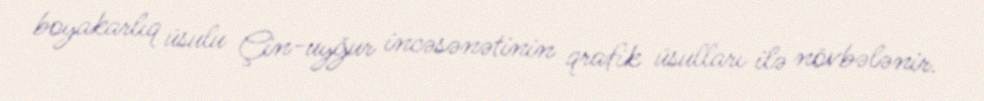
boyakarlıq üsulu Çin-uyğur incəsənətinin qrafik üsulları ilə növbələnir.